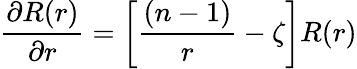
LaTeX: {\frac{\partial R(r)}{\partial r}}=\left[{\frac{(n-1)}{r}}-\zeta\right]R(r)